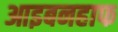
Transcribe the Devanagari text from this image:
आइबनहाफ